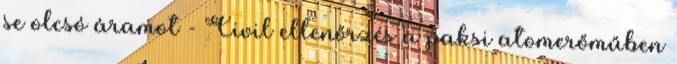
se olcsó áramot - Civil ellenőrzés a paksi atomerőműben